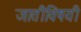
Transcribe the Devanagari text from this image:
जातीविषयी